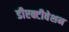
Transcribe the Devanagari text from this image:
डीएक्टीवेशन